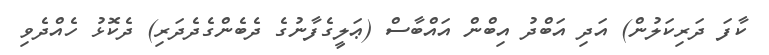
ކާފަ ދަރިކަލުން) އަދި އަބްދު އިބްން އައްބާސް (ޢަލީގެފާނުގެ ދެބެންގެދެދަރި) ދެކޮޅު ހެއްދެވި